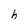
Character: h